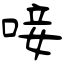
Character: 唼